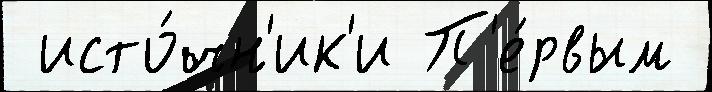
 исто́чн'ик'и П'е́рвым